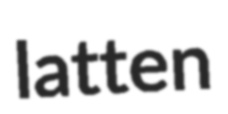
latten